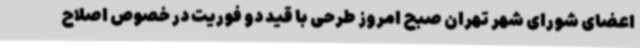
اعضای شورای شهر تهران صبح امروز طرحی با قید دو فوریت در خصوص اصلاح